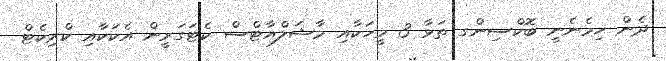
ދެން ހިމެނެނީ ބޮކްސިންގ ތަޅާ 3 މީހަކާއި މާޝަލްއާޓްސް ކެޓަގަރީން އެކަކާއި ކްރިކެޓް